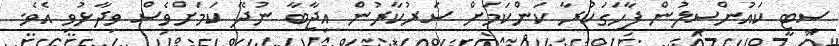
ސިޓީ ކައުންސިލުން ފާހަގަކުރާ ކަންކަމަށް ސަރުކާރުން އިޖާބާ ނުދޭ ކަމަށްވެސް ވިދާޅުވި އެވެ.